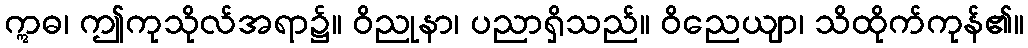
ဣဓ၊ ဤကုသိုလ်အရာ၌။ ဝိညုနာ၊ ပညာရှိသည်။ ဝိညေယျာ၊ သိထိုက်ကုန်၏။